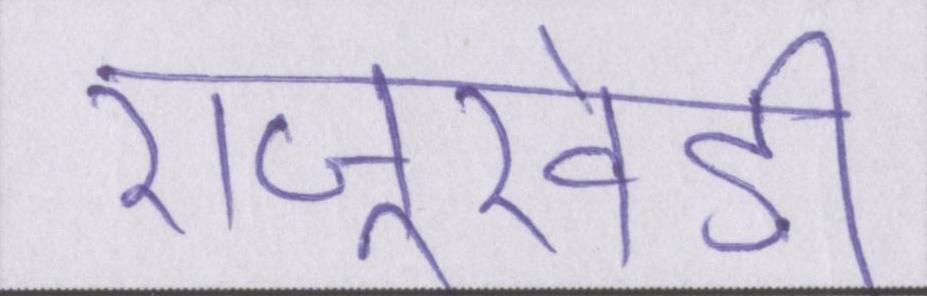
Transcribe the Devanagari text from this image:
राजूखेड़ी